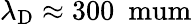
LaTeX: \lambda_{\mathrm{D}}\approx 300\ \mathrm{\ mum}